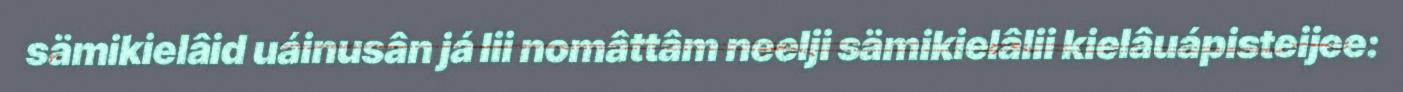
sämikielâid uáinusân já lii nomâttâm neelji sämikielâlii kielâuápisteijee: